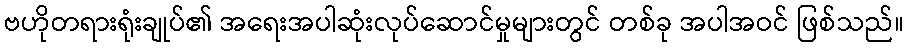
ဗဟိုတရားရုံးချုပ်၏ အရေးအပါဆုံးလုပ်ဆောင်မှုများတွင် တစ်ခု အပါအဝင် ဖြစ်သည်။